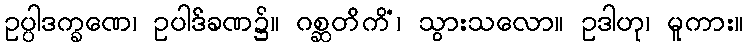
ဥပ္ပါဒက္ခဏေ၊ ဥပါဒ်ခဏ၌။ ဂစ္ဆတိကိံ၊ သွားသလော။ ဥဒါဟု၊ မူကား။